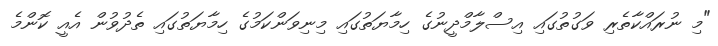
"މި ނުރައްކާތެރި ވަގުތުގައި އިސްލާމްދީނުގެ ހިމާޔަތުގައި މިނިވަންކަމުގެ ހިމާޔަތުގައި ތެދުވުން އެއީ ކޮންމެ